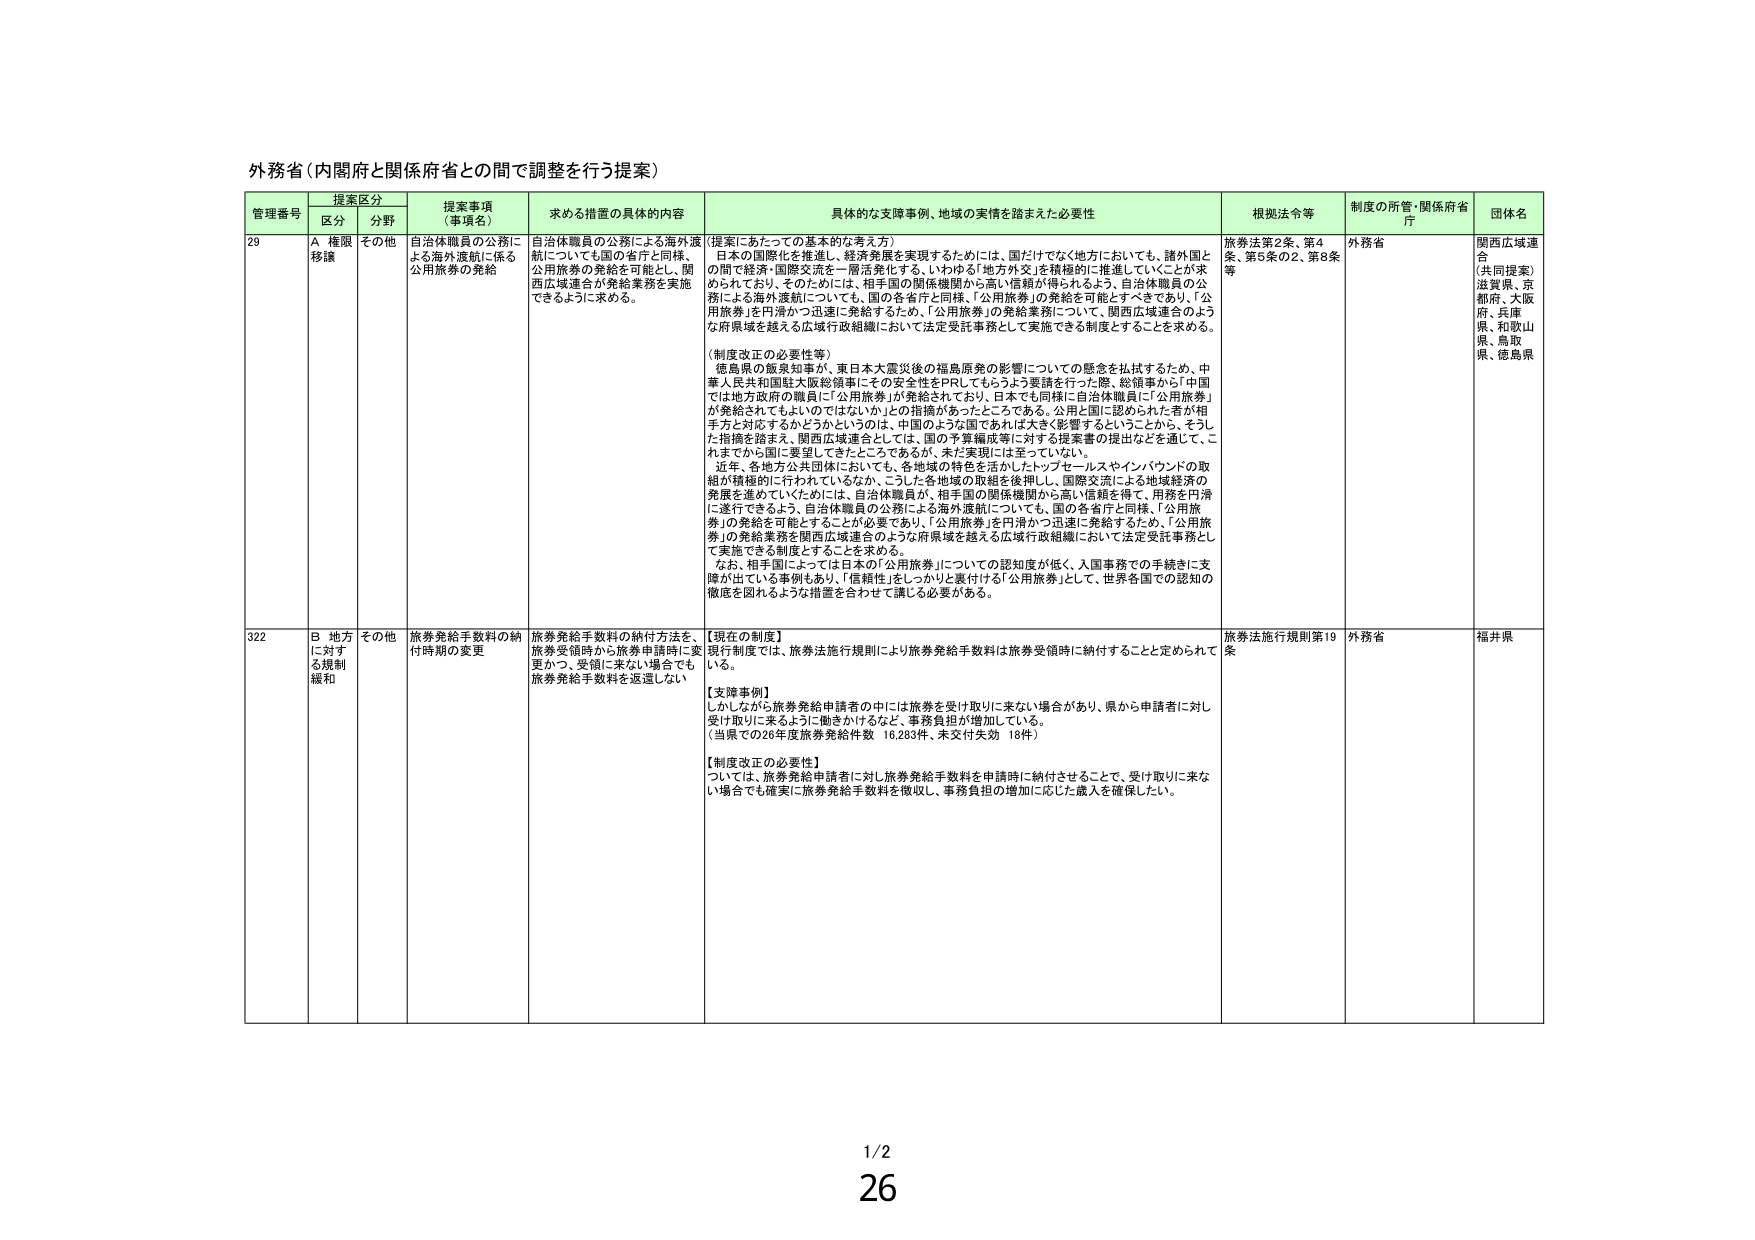
外務省（内閣府と関係府省との間で調整を行う提案）

管理番号 提案区分 提案事項（事項名） 求める措置の具体的内容 具体的な支障事例、地域の実情を踏まえた必要性 根拠法令等 制度の所管・関係府省庁 団体名
区分 分野

29 A 権限移譲 その他 自治体職員の公務による海外渡航についても国の省庁と同様、公用旅券の発給を可能とし、関西広域連合が発給業務を実施できるように求める。 自治体職員の公務による海外渡航についても国の省庁と同様、公用旅券の発給を可能とし、関西広域連合が発給業務を実施できるように求める。 （提案にあたっての基本的な考え方） 日本の国際化を推進し、経済発展を実現するためには、国だけでなく地方においても、諸外国との間で経済・国際交流を一層活発化する。いわゆる「地方外交」を積極的に推進していくことが求められており、そのためには、相手国の関係機関から高い信頼が得られるよう、自治体職員の公務による海外渡航についても、国の各省庁と同様、「公用旅券」の発給を可能とすべきであり、「公用旅券」を円滑かつ迅速に発給するため、「公用旅券」の発給業務について、関西広域連合のような府県域を越える広域行政組織において法定受託事務として実施できる制度とすることを求める。 （制度改正の必要性等） 徳島県の飯泉知事が、東日本大震災後の福島原発の影響についての懸念を払拭するため、中華人民共和国駐大阪総領事にその安全性をPRしてもらうよう要請を行った際、総領事から「中国では地方政府の職員に「公用旅券」が発給されており、日本でも同様に自治体職員に「公用旅券」が発給されてもよいのではないか」との指摘があったところである。公用と国に認められた者が相手方と対応するかどうかというのは、中国のような国であれば大きく影響するということから、そうした指摘を踏まえ、関西広域連合としては、国の予算編成等に対する提案書の提出などを通じて、これまでから国に要望してきたところであるが、未だ実現には至っていない。 近年、各地方公共団体においても、各地域の特色を活かしたトップセールスやインバウンドの取組が積極的に行われているなか、こうした各地域の取組を後押しし、国際交流による地域経済の発展を進めていくためには、自治体職員が、相手国の関係機関から高い信頼を得て、用務を円滑に遂行できるよう、自治体職員の公務による海外渡航についても、国の各省庁と同様、「公用旅券」の発給を可能とすることが必要であり、「公用旅券」を円滑かつ迅速に発給するため、「公用旅券」の発給業務を関西広域連合のような府県域を越える広域行政組織において法定受託事務として実施できる制度とすることを求める。 なお、相手国によっては日本の「公用旅券」についての認知度が低く、入国事務での手続きに支障が出ている事例もあり、「信頼性」をしっかりと裏付ける「公用旅券」として、世界各国での認知の徹底を図れるような措置を合わせて講じる必要がある。 旅券法第2条、第4条、第5条の2、第8条等 外務省 関西広域連合 （共同提案） 滋賀県、京都府、大阪府、兵庫県、和歌山県、鳥取県、徳島県

322 B 地方に対する規制緩和 その他 旅券発給手数料の納付時期の変更 旅券発給手数料の納付方法を、旅券受領時から旅券申請時に変更かつ、受領に来ない場合でも旅券発給手数料を返還しない 【現在の制度】 現行制度では、旅券法施行規則により旅券発給手数料は旅券受領時に納付することと定められている。 【支障事例】 しかしながら旅券発給申請者の中には旅券を受け取りに来ない場合があり、県から申請者に対し受け取りに来るよう働きかけるなど、事務負担が増加している。 （当県での26年度旅券発給件数 16,283件、未交付失効 18件） 【制度改正の必要性】 ついては、旅券発給申請者に対し旅券発給手数料を申請時に納付させることで、受け取りに来ない場合でも確実に旅券発給手数料を徴収し、事務負担の増加に応じた歳入を確保したい。 旅券法施行規則第19条 外務省 福井県

1/2
26